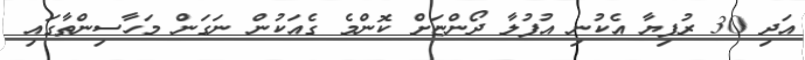
އަދި 30 ރުފިޔާ އެކުނި އުފުލާ ދޯންޏަށް ކޮންމެ ގެއަކުން ނަގަން މަހާސިންތާގައި